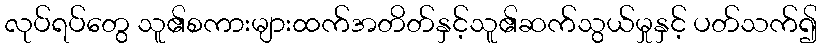
လုပ်ရပ်တွေ သူ၏စကားများထက်အတိတ်နှင့်သူ၏ဆက်သွယ်မှုနှင့် ပတ်သက်၍